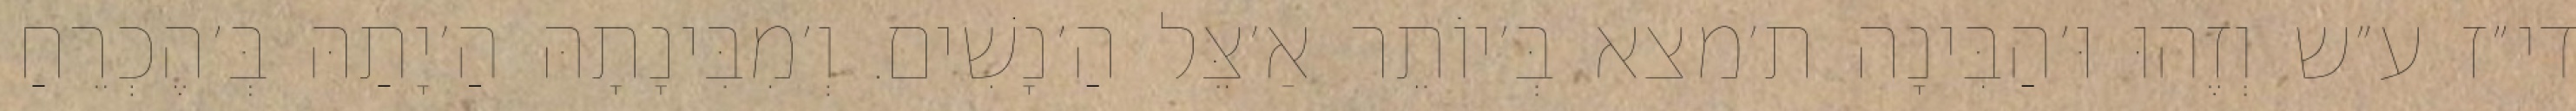
די״ז ע״ש וְזֶהוּ וּ׳הַבִּינָה ת׳מצא בְּ׳יוֹתֵר אַ׳צֵּל הַ׳נָשִׁים. וְ׳מִבִּינָתָהּ הַ׳יָתַהּ בְּ׳הֶכְרֵחַ